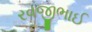
રવજીભાઈ